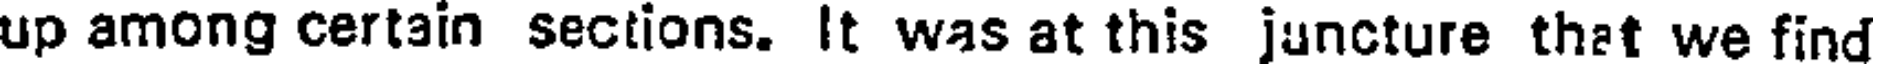
up among certain sections. It was at this juncture that we find